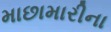
માછામારીના